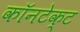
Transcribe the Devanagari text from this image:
कॉनटेक्ट